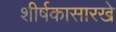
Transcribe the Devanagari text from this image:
शीर्षकासारखे